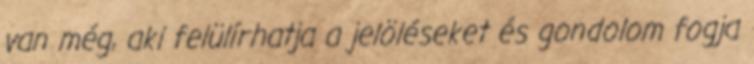
van még, aki felülírhatja a jelöléseket és gondolom fogja